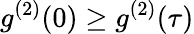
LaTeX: g^{(2)}(0)\ge g^{(2)}(\tau)